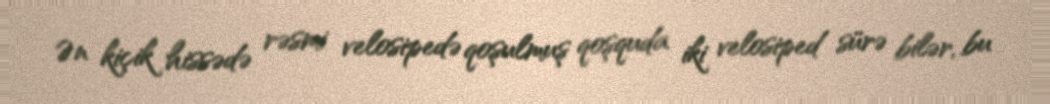
Ən kiçik hissədə rəsmi velosipedə qoşulmuş qoşquda iki velosiped sürə bilər, bu